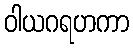
ဝါယဂရဟကာ